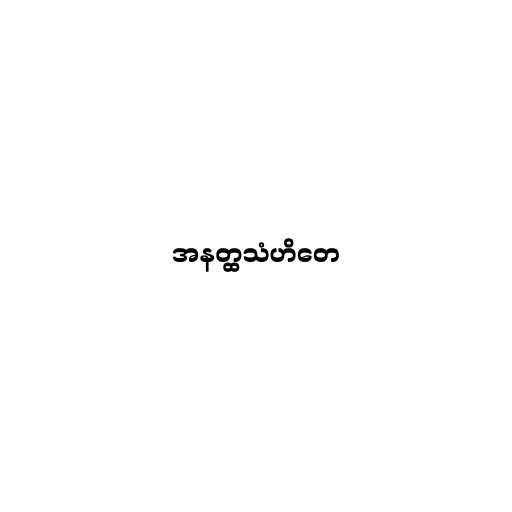
အနတ္ထသံဟိတေ